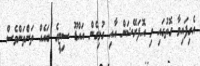
އެގިފައިވާ ގޮތުގައި މި އޮފަރޭޝަން އާއި ގުޅިގެން އައްޑޫ ސިޓީގެ ބައެއް ތަންތަންވެސް